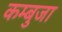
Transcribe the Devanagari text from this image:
कम्बुजा